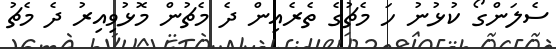
ސެލަންގޯ ކުޅުނު ހަ މެޗުގެ ތެރެއިން ދެ މެޗުން މޮޅުވިއިރު ދެ މެޗު